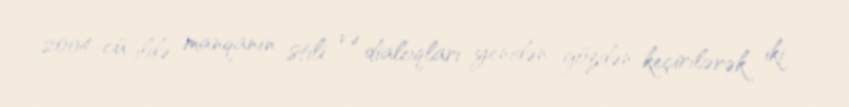
2004-cü ildə manqanın stili və dialoqları yenidən gözdən keçirilərək iki